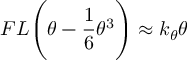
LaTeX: F L { \Bigg ( } \theta - { \frac { 1 } { 6 } } \theta ^ { 3 } { \Bigg ) } \approx k _ { \theta } \theta